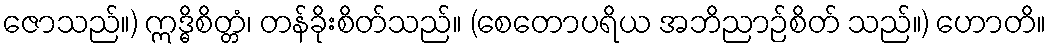
ဇောသည်။) ဣဒ္ဓိစိတ္တံ၊ တန်ခိုးစိတ်သည်။ (စေတောပရိယ အဘိညာဉ်စိတ် သည်။) ဟောတိ။